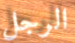
الرجل